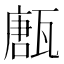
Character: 㼺